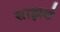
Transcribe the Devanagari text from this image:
साइल्ट॑